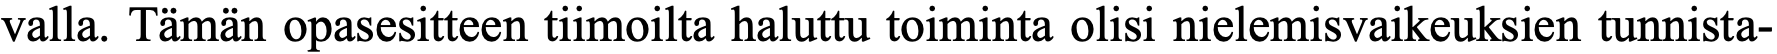
valla. Tämän opasesitteen tiimoilta haluttu toiminta olisi nielemisvaikeuksien tunnista-